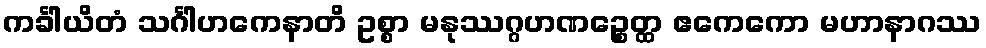
ကင်္ခါယိတံ သင်္ဂါဟကေနာတိ ဥစ္စာ မနုဿဂ္ဂဟဏဉ္စေတ္ထ ဧကေကော မဟာနာဂဿ